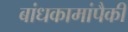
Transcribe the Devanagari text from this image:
बांधकामांपैकी